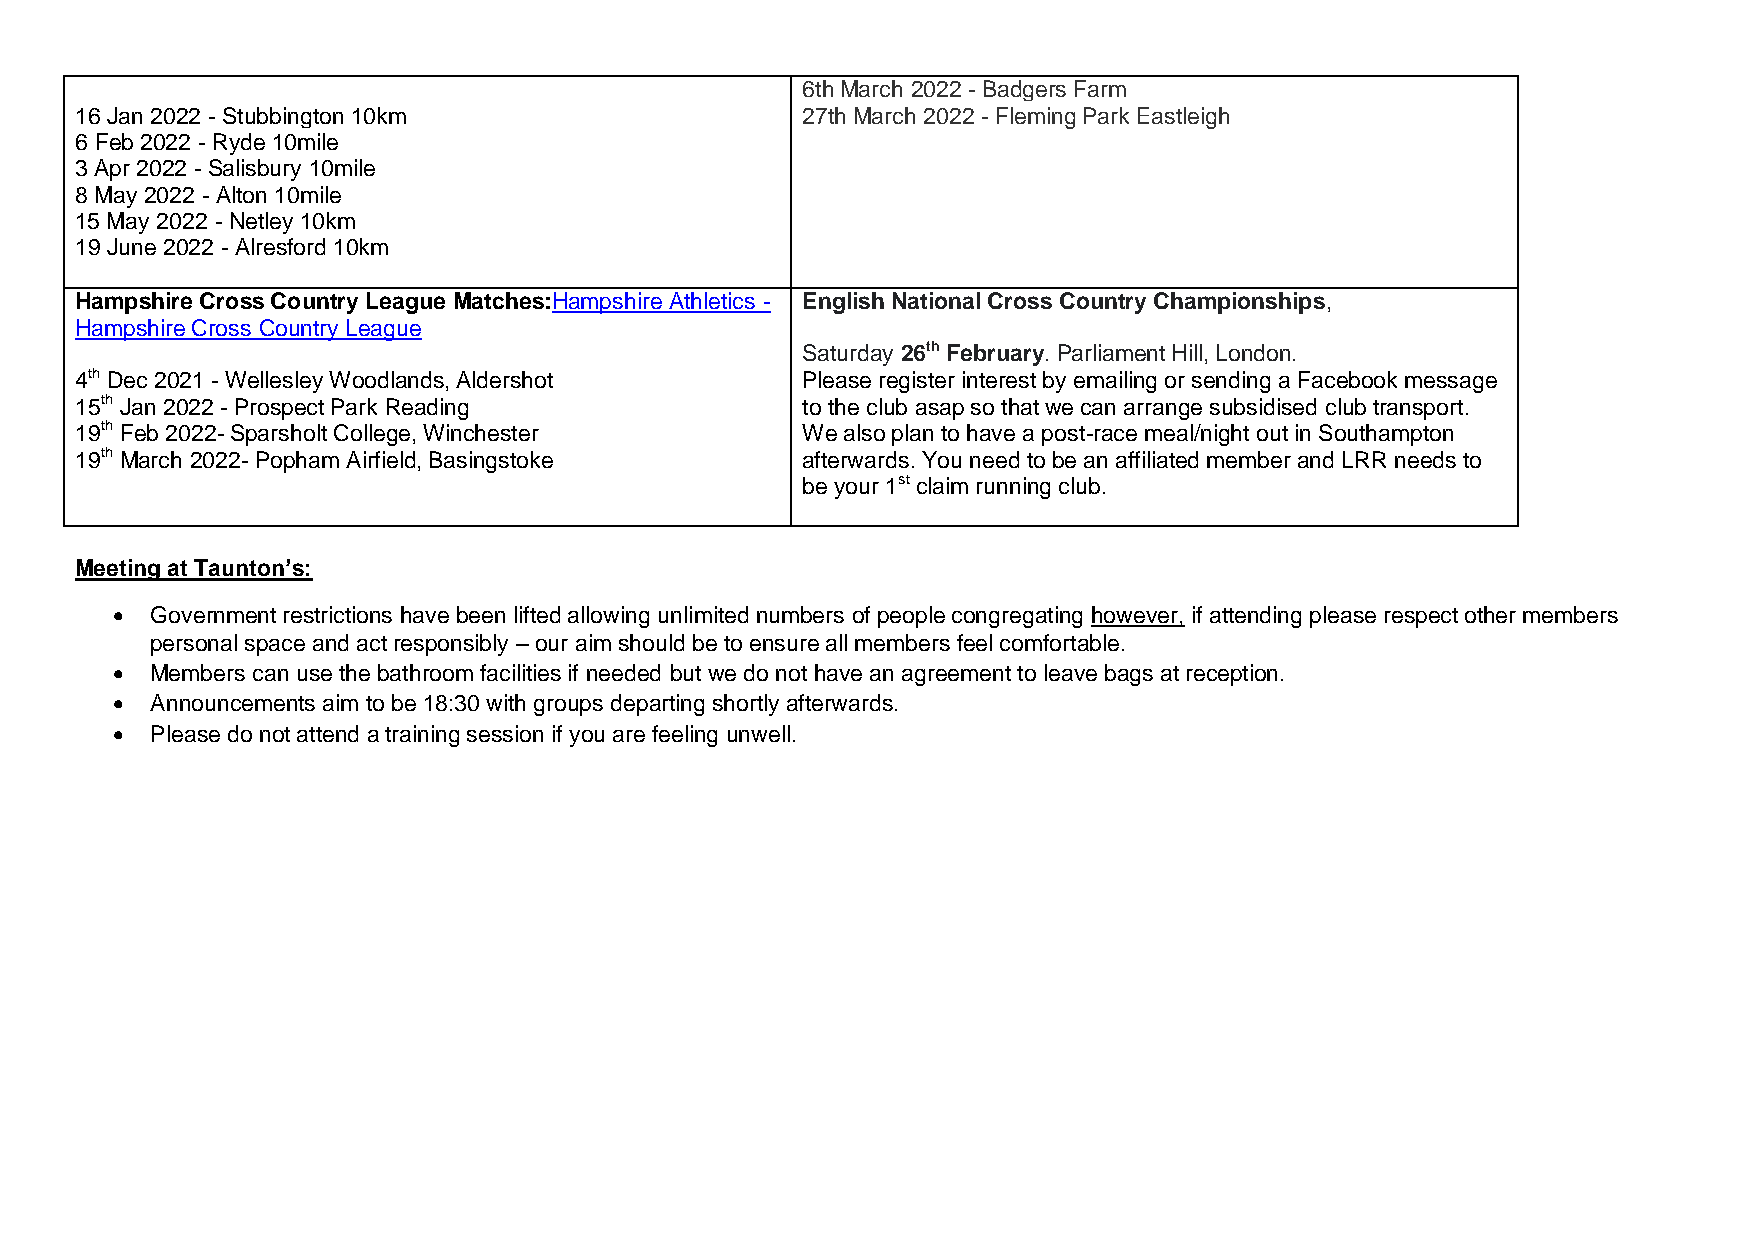
6th March 2022 - Badgers Farm
 16 Jan 2022 - Stubbington 10km                  27th March 2022 - Fleming Park Eastleigh
 6 Feb 2022 - Ryde 10mile
 3 Apr 2022 - Salisbury 10mile
 8 May 2022 - Alton 10mile
 15 May 2022 - Netley 10km
 19 June 2022 - Alresford 10km
 Hampshire Cross Country League Matches:Hampshire Athletics - English National Cross Country Championships,
 Hampshire Cross Country League
 Saturday 26th February. Parliament Hill, London.
 4th Dec 2021 - Wellesley Woodlands, Aldershot   Please register interest by emailing or sending a Facebook message
 15th Jan 2022 - Prospect Park Reading           to the club asap so that we can arrange subsidised club transport.
 19th Feb 2022- Sparsholt College, Winchester    We also plan to have a post-race meal/night out in Southampton
 19th March 2022- Popham Airfield, Basingstoke   afterwards. You need to be an affiliated member and LRR needs to
 be your 1st claim running club.
 Meeting at Taunton’s:
   Government restrictions have been lifted allowing unlimited numbers of people congregating however, if attending please respect other members
 personal space and act responsibly – our aim should be to ensure all members feel comfortable.
   Members can use the bathroom facilities if needed but we do not have an agreement to leave bags at reception.
   Announcements aim to be 18:30 with groups departing shortly afterwards.
   Please do not attend a training session if you are feeling unwell.